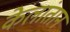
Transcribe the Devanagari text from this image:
केलांतान